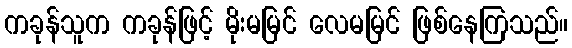
ကခုန်သူက ကခုန်ဖြင့် မိုးမမြင် လေမမြင် ဖြစ်နေကြသည်။